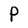
Character: P